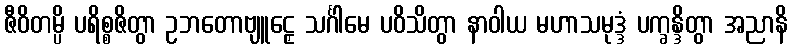
ဇီဝိတမ္ပိ ပရိစ္စဇိတွာ ဥဘတောဗျူဠှေ သင်္ဂါမေ ပဝိသိတွာ နာဝါယ မဟာသမုဒ္ဒံ ပက္ခန္ဒိတွာ အညာနိ